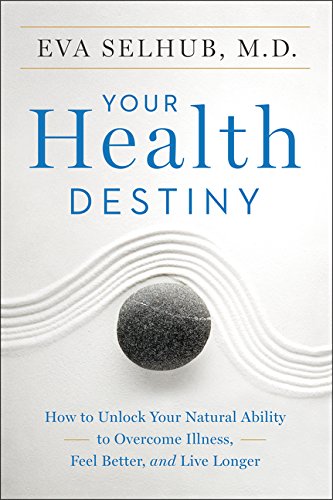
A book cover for Your Health Destiny: How to Unlock Your Natural Ability to Overcome Illness, Feel Better, and Live Longer; Eva, M.D. Selhub; Medical Books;